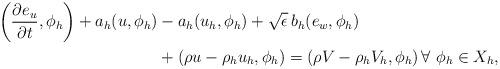
LaTeX: \begin{align*}\begin{aligned}\left(\frac{\partial e_u}{\partial t},\phi_h\right) + a_h(u,\phi_h) &- a_h(u_h,\phi_h) + \sqrt{\epsilon}\,b_h(e_w,\phi_h) \\&+ \left(\rho u - \rho_h u_h, \phi_h\right) = \left(\rho V - \rho_h V_h, \phi_h\right) \forall \,\, \phi_h \in X_h,\end{aligned}\end{align*}